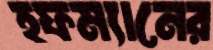
হফম্যানের